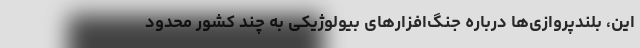
این، بلندپروازی‌ها درباره جنگ‌افزارهای بیولوژیکی به چند کشور محدود